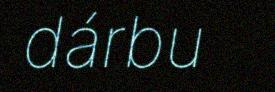
dárbu